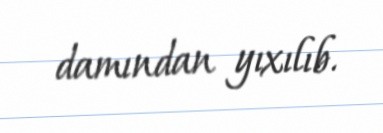
damından yıxılıb.